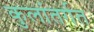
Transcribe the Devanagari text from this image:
कुलांतर्गत